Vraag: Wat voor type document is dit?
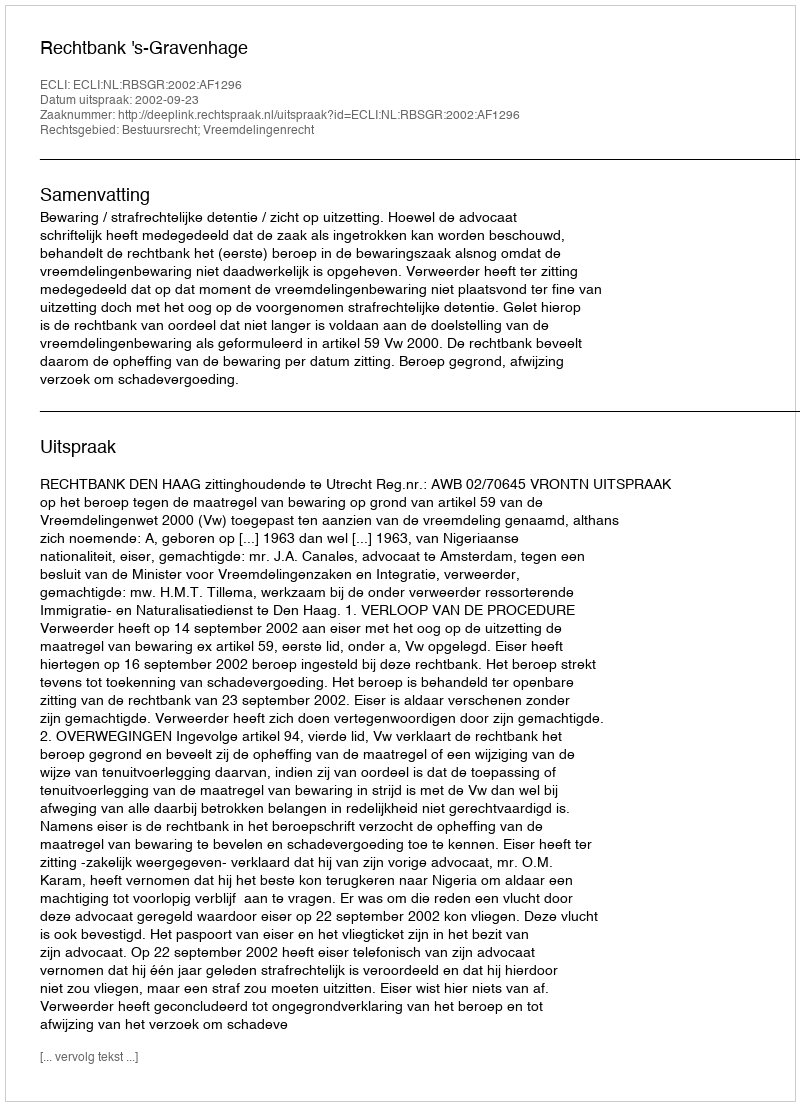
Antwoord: Uitspraak